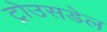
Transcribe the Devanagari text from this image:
ट्रोउसडेल